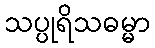
သပ္ပုရိသဓမ္မာ